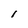
Character: I